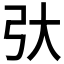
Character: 𫸥